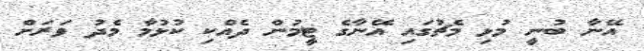
އޭނާ ބުނީ މުޅި މެޗުގައި އޭނާގެ ޓީމުން ދެއްކި ކުޅުމާ މެދު ވަރަށް